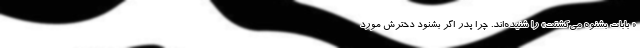
« بابات بشنوه می‌کُشتت» را شنیده‌اند. چرا پدر اگر بشنود دخترش مورد